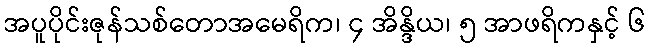
အပူပိုင်းဇုန်သစ်တောအမေရိက၊ ၄ အိန္ဒိယ၊ ၅ အာဖရိကနှင့် ၆